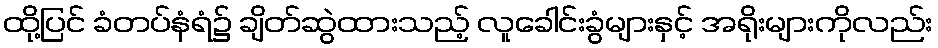
ထို့ပြင် ခံတပ်နံရံ၌ ချိတ်ဆွဲထားသည့် လူခေါင်းခွံများနှင့် အရိုးများကိုလည်း